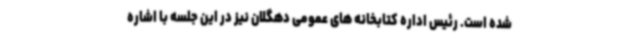
شده است. رئیس اداره کتابخانه های عمومی دهگلان نیز در این جلسه با اشاره